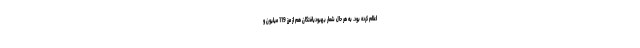
اعلام کرده بود. به هر حال شمار بهبودیافتگان هم از مرز 119 میلیون و